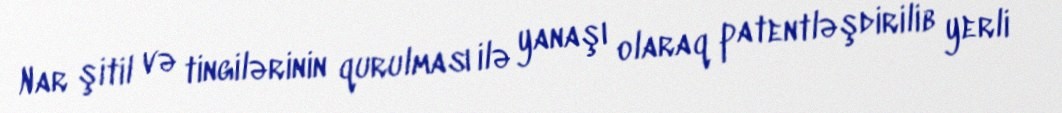
Nar şitil və tingilərinin qurulması ilə yanaşı olaraq patentləşdirilib yerli